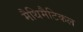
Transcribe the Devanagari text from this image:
मैथिमैटिकल